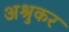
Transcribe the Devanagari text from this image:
अश्रुकर